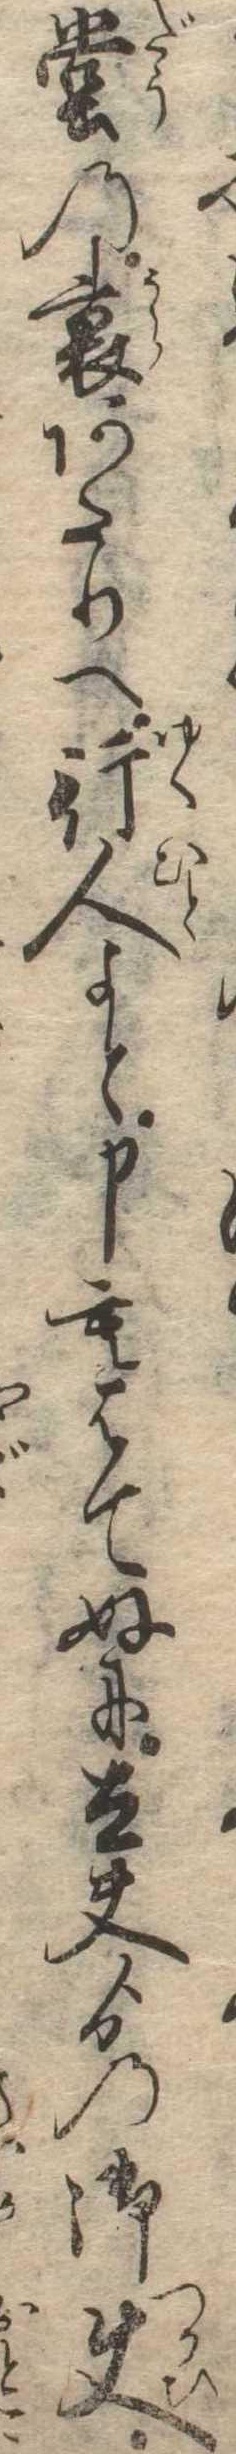
堂の裏あたりへ行人よと申もはてぬに太夫ゟの御使